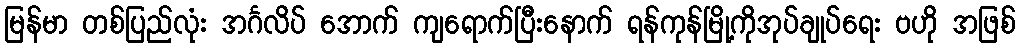
မြန်မာ တစ်ပြည်လုံး အင်္ဂလိပ် အောက် ကျရောက်ပြီးနောက် ရန်ကုန်မြို့ကိုအုပ်ချုပ်ရေး ဗဟို အဖြစ်